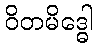
ဝိတမိဒ္ဓေါ